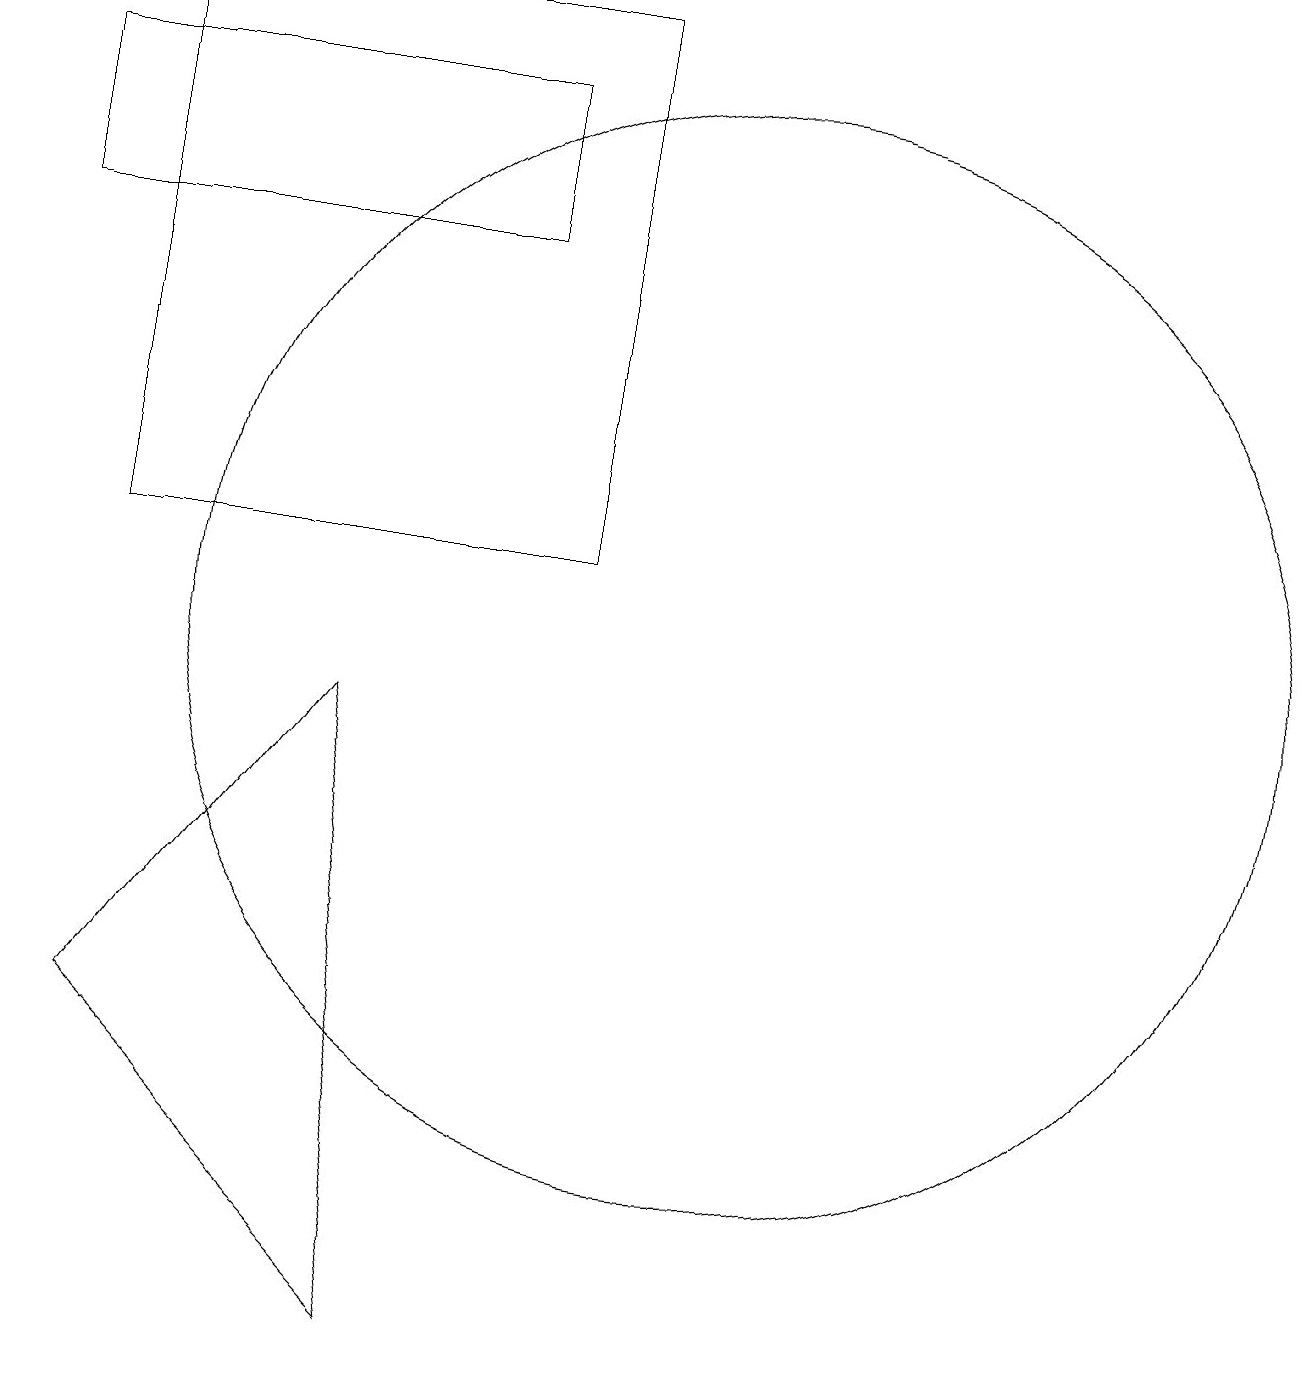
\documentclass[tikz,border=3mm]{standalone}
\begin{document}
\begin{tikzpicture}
\draw (12,11) circle (0);
\draw (1,17) rectangle (7,15);
\draw (1,15) rectangle (1,15);
\draw (10,10) circle (7);
\draw (2,11) rectangle (8,18);
\draw (2,5) -- (5,9) -- (6,1) -- cycle;
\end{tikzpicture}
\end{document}